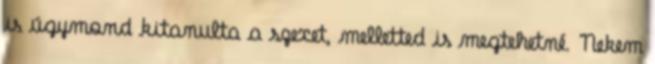
is úgymond kitanulta a szexet, melletted is megtehetné. Nekem